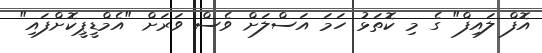
އޮފް ލައިފް" ގެ މި ކޮތަޅު ހަމަ އަސްލަށް ވެސް ވަރަށް "އެމްޑީޕީކޮށްފައި"